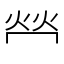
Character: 𤇾